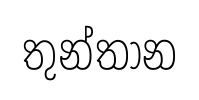
තුන්තාන